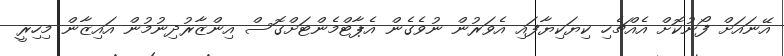
އޭނައަށް ފޯނުކޮށް އެއްޗެހި ކިޔަކިޔާފައި އެވަރުން ނުވެގެން އެޕާޓްމެންޓަށްގޮސް އިންޒާރުދިނުމުން އައިޒާން މިހިރީ